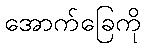
အောက်ခြေကို